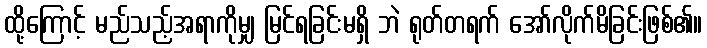
ထို့ကြောင့် မည်သည့်အရာကိုမျှ မြင်ရခြင်းမရှိ ဘဲ ရုတ်တရက် အော်လိုက်မိခြင်းဖြစ်၏။